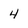
Character: 4